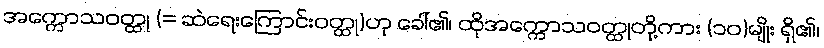
အက္ကောသဝတ္ထု (= ဆဲရေးကြောင်းဝတ္ထု)ဟု ခေါ်၏၊ ထိုအက္ကောသဝတ္ထုတို့ကား (၁၀)မျိုး ရှိ၏၊